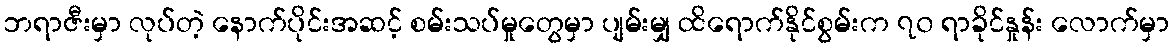
ဘရာဇီးမှာ လုပ်တဲ့ နောက်ပိုင်းအဆင့် စမ်းသပ်မှုတွေမှာ ပျမ်းမျှ ထိရောက်နိုင်စွမ်းက ၇၀ ရာခိုင်နှုန်း လောက်မှာ